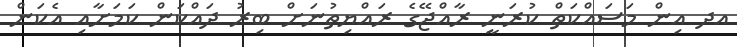
އދ އިން މަސައްކަތް ކުރަނީ ރާއްޖޭގެ ރައްޔިތުނަށް ބިރު ދައްކަން ކަމަށާއި އެކަން